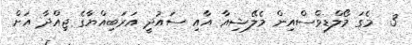
3  މެގަ މޯލްޑިވްސްއިން މެލޭޝިއާ އާއި ސައުދީ އަރަބިއްޔާގެ ޖިއްދާ އަށް